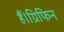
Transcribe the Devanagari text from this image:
हैं।ग्रिफिन